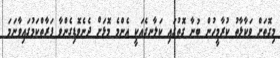
މިގޮތަށް ވަކާޅާތު ކުރާމީހުން ބުނާ ގޮތުގައި ކަލާނގެއަކީ އެންމެ މޮޅަށް ދެނެވޮޑިގެންވާ ފަރާތްކަމުގައިވާނަމަ